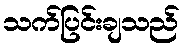
သက်ပြင်းချသည်